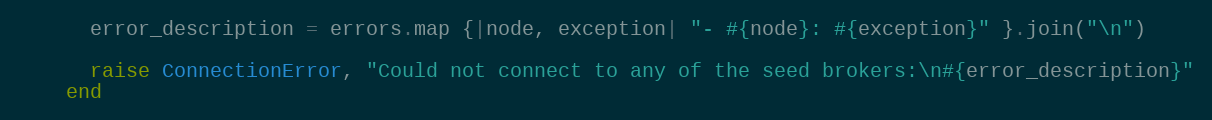
Language: Ruby
      error_description = errors.map {|node, exception| "- #{node}: #{exception}" }.join("\n")

      raise ConnectionError, "Could not connect to any of the seed brokers:\n#{error_description}"
    end